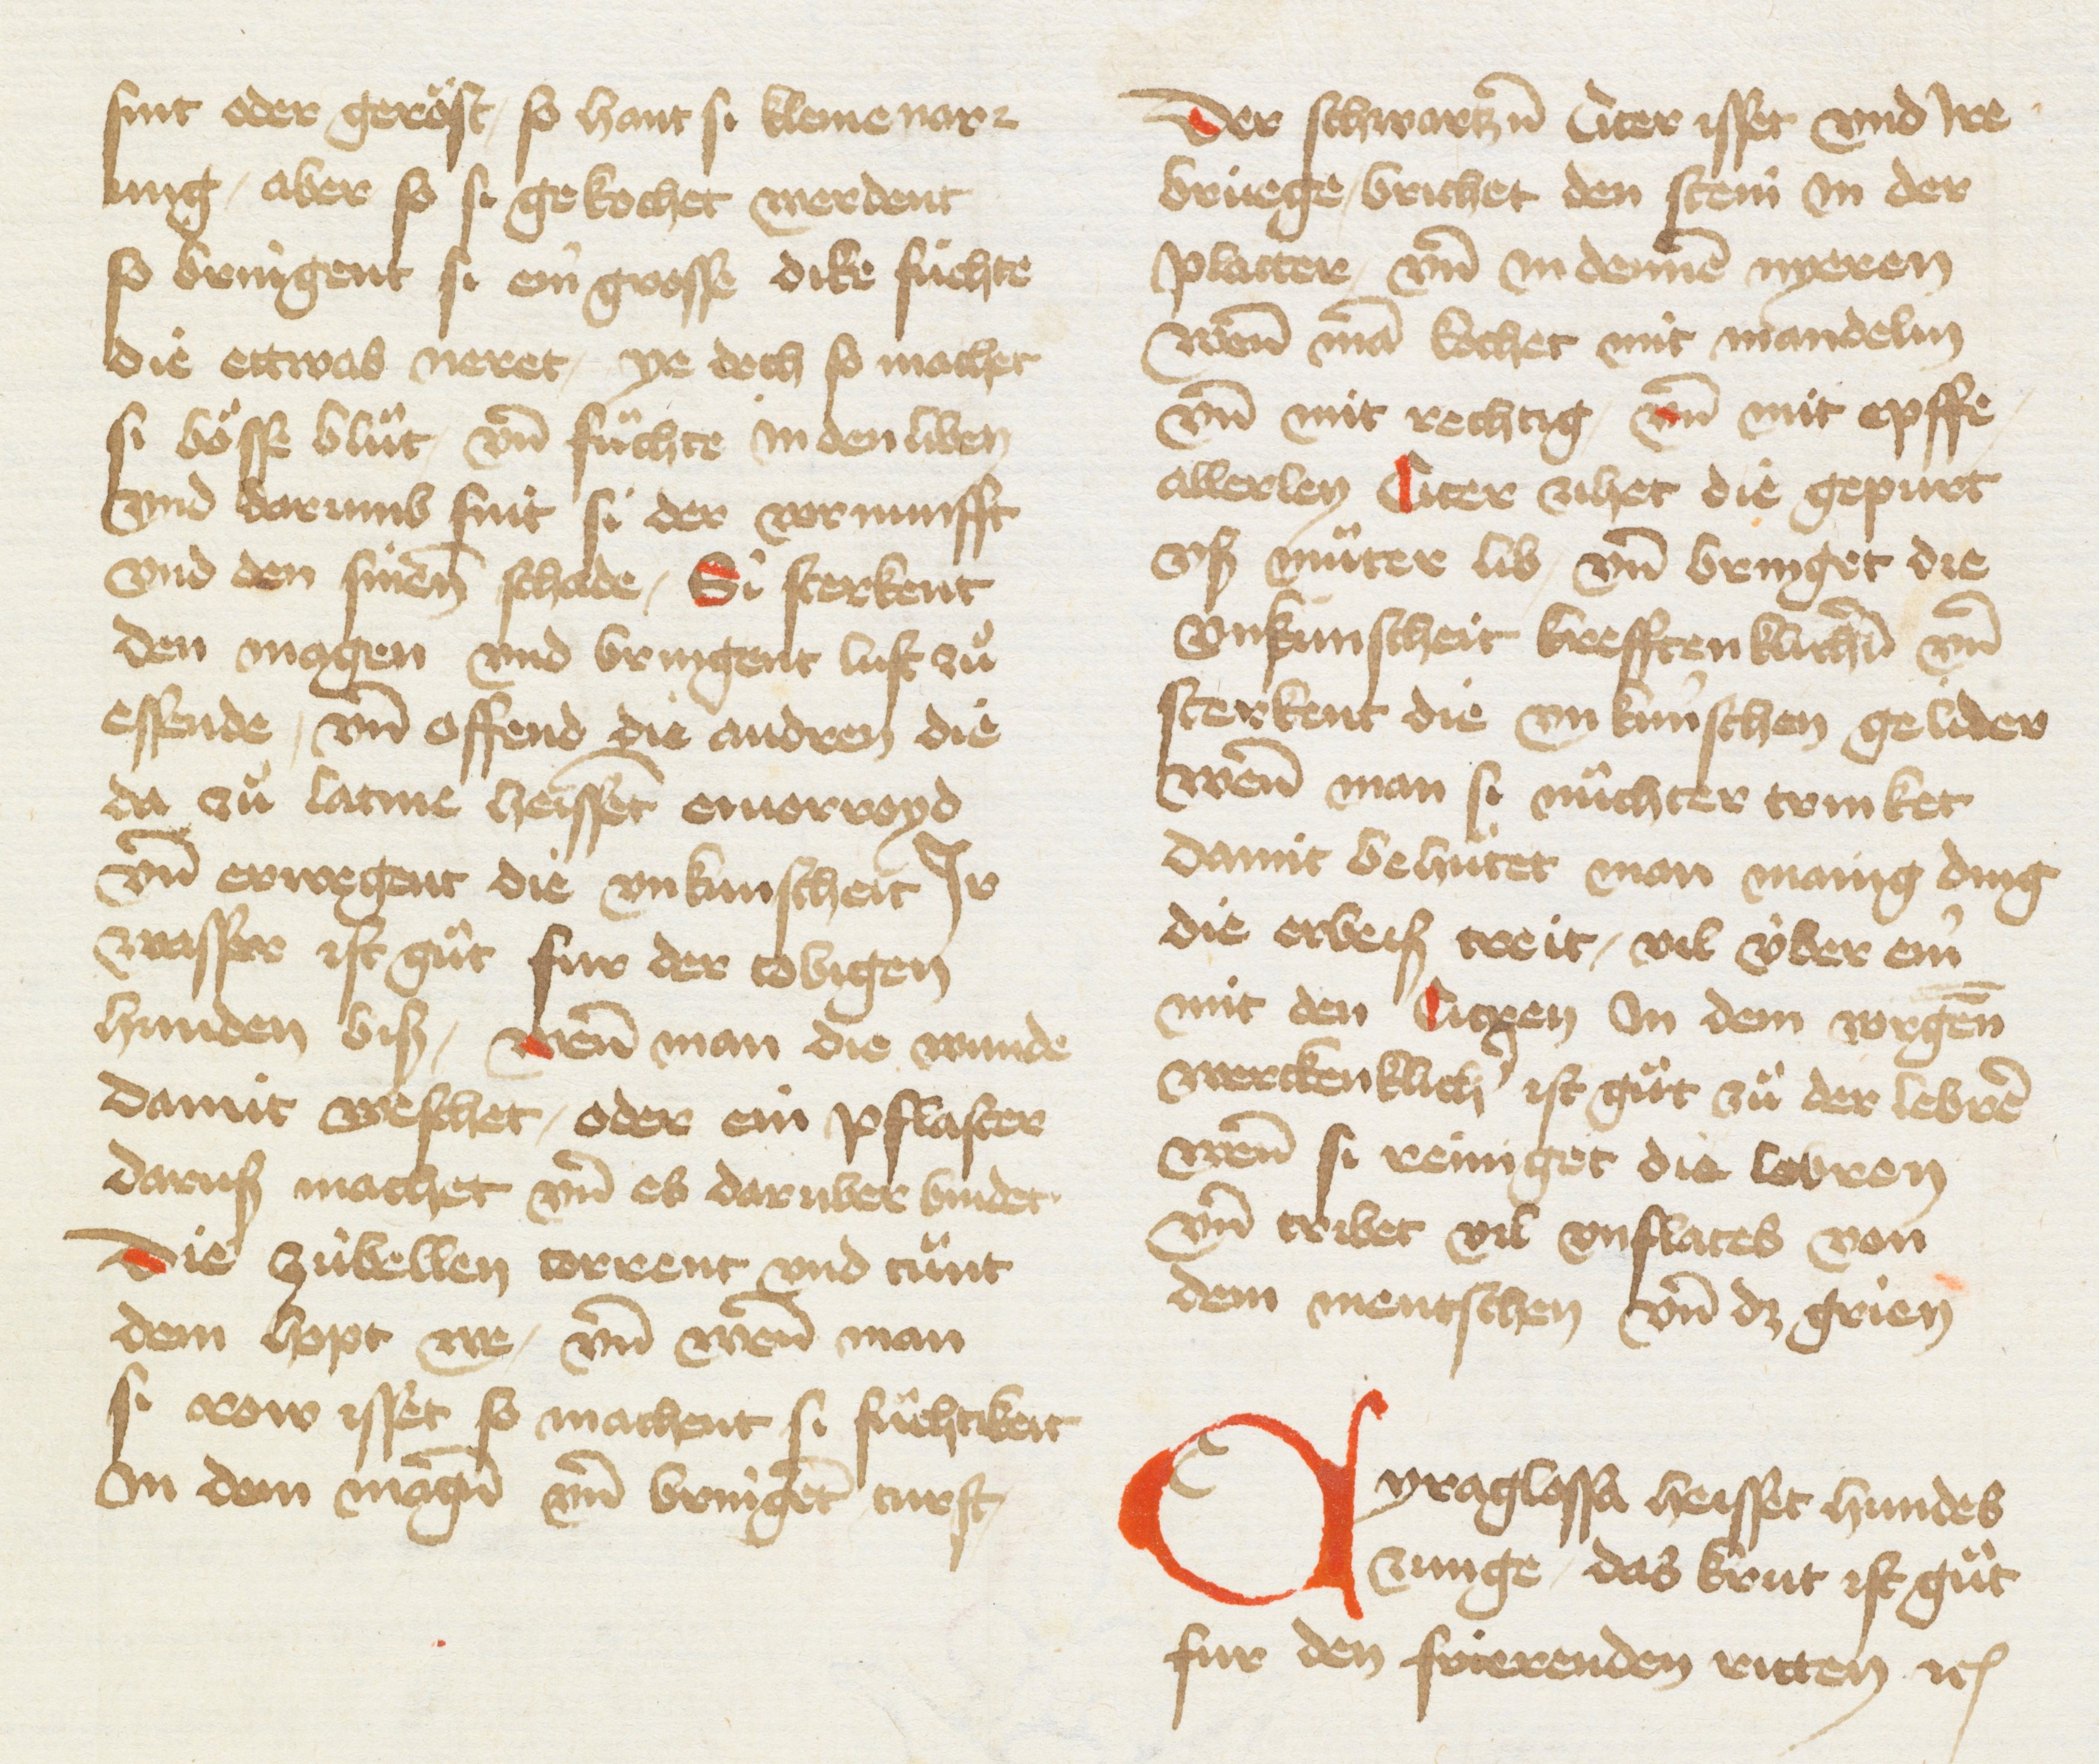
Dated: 1433–1465